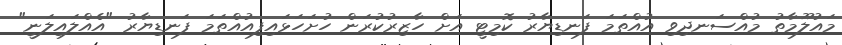
މައުލޫމާތު މުއްސަނދިވި އުއްތަމަ ފަނޑިޔާރު ކޮމިޓީ އަށް ހާޒިރުކުރަން ހުށަހަޅައިފިއުއްތަމަ ފަނޑިޔާރު "އެއްލައިލަނީ"